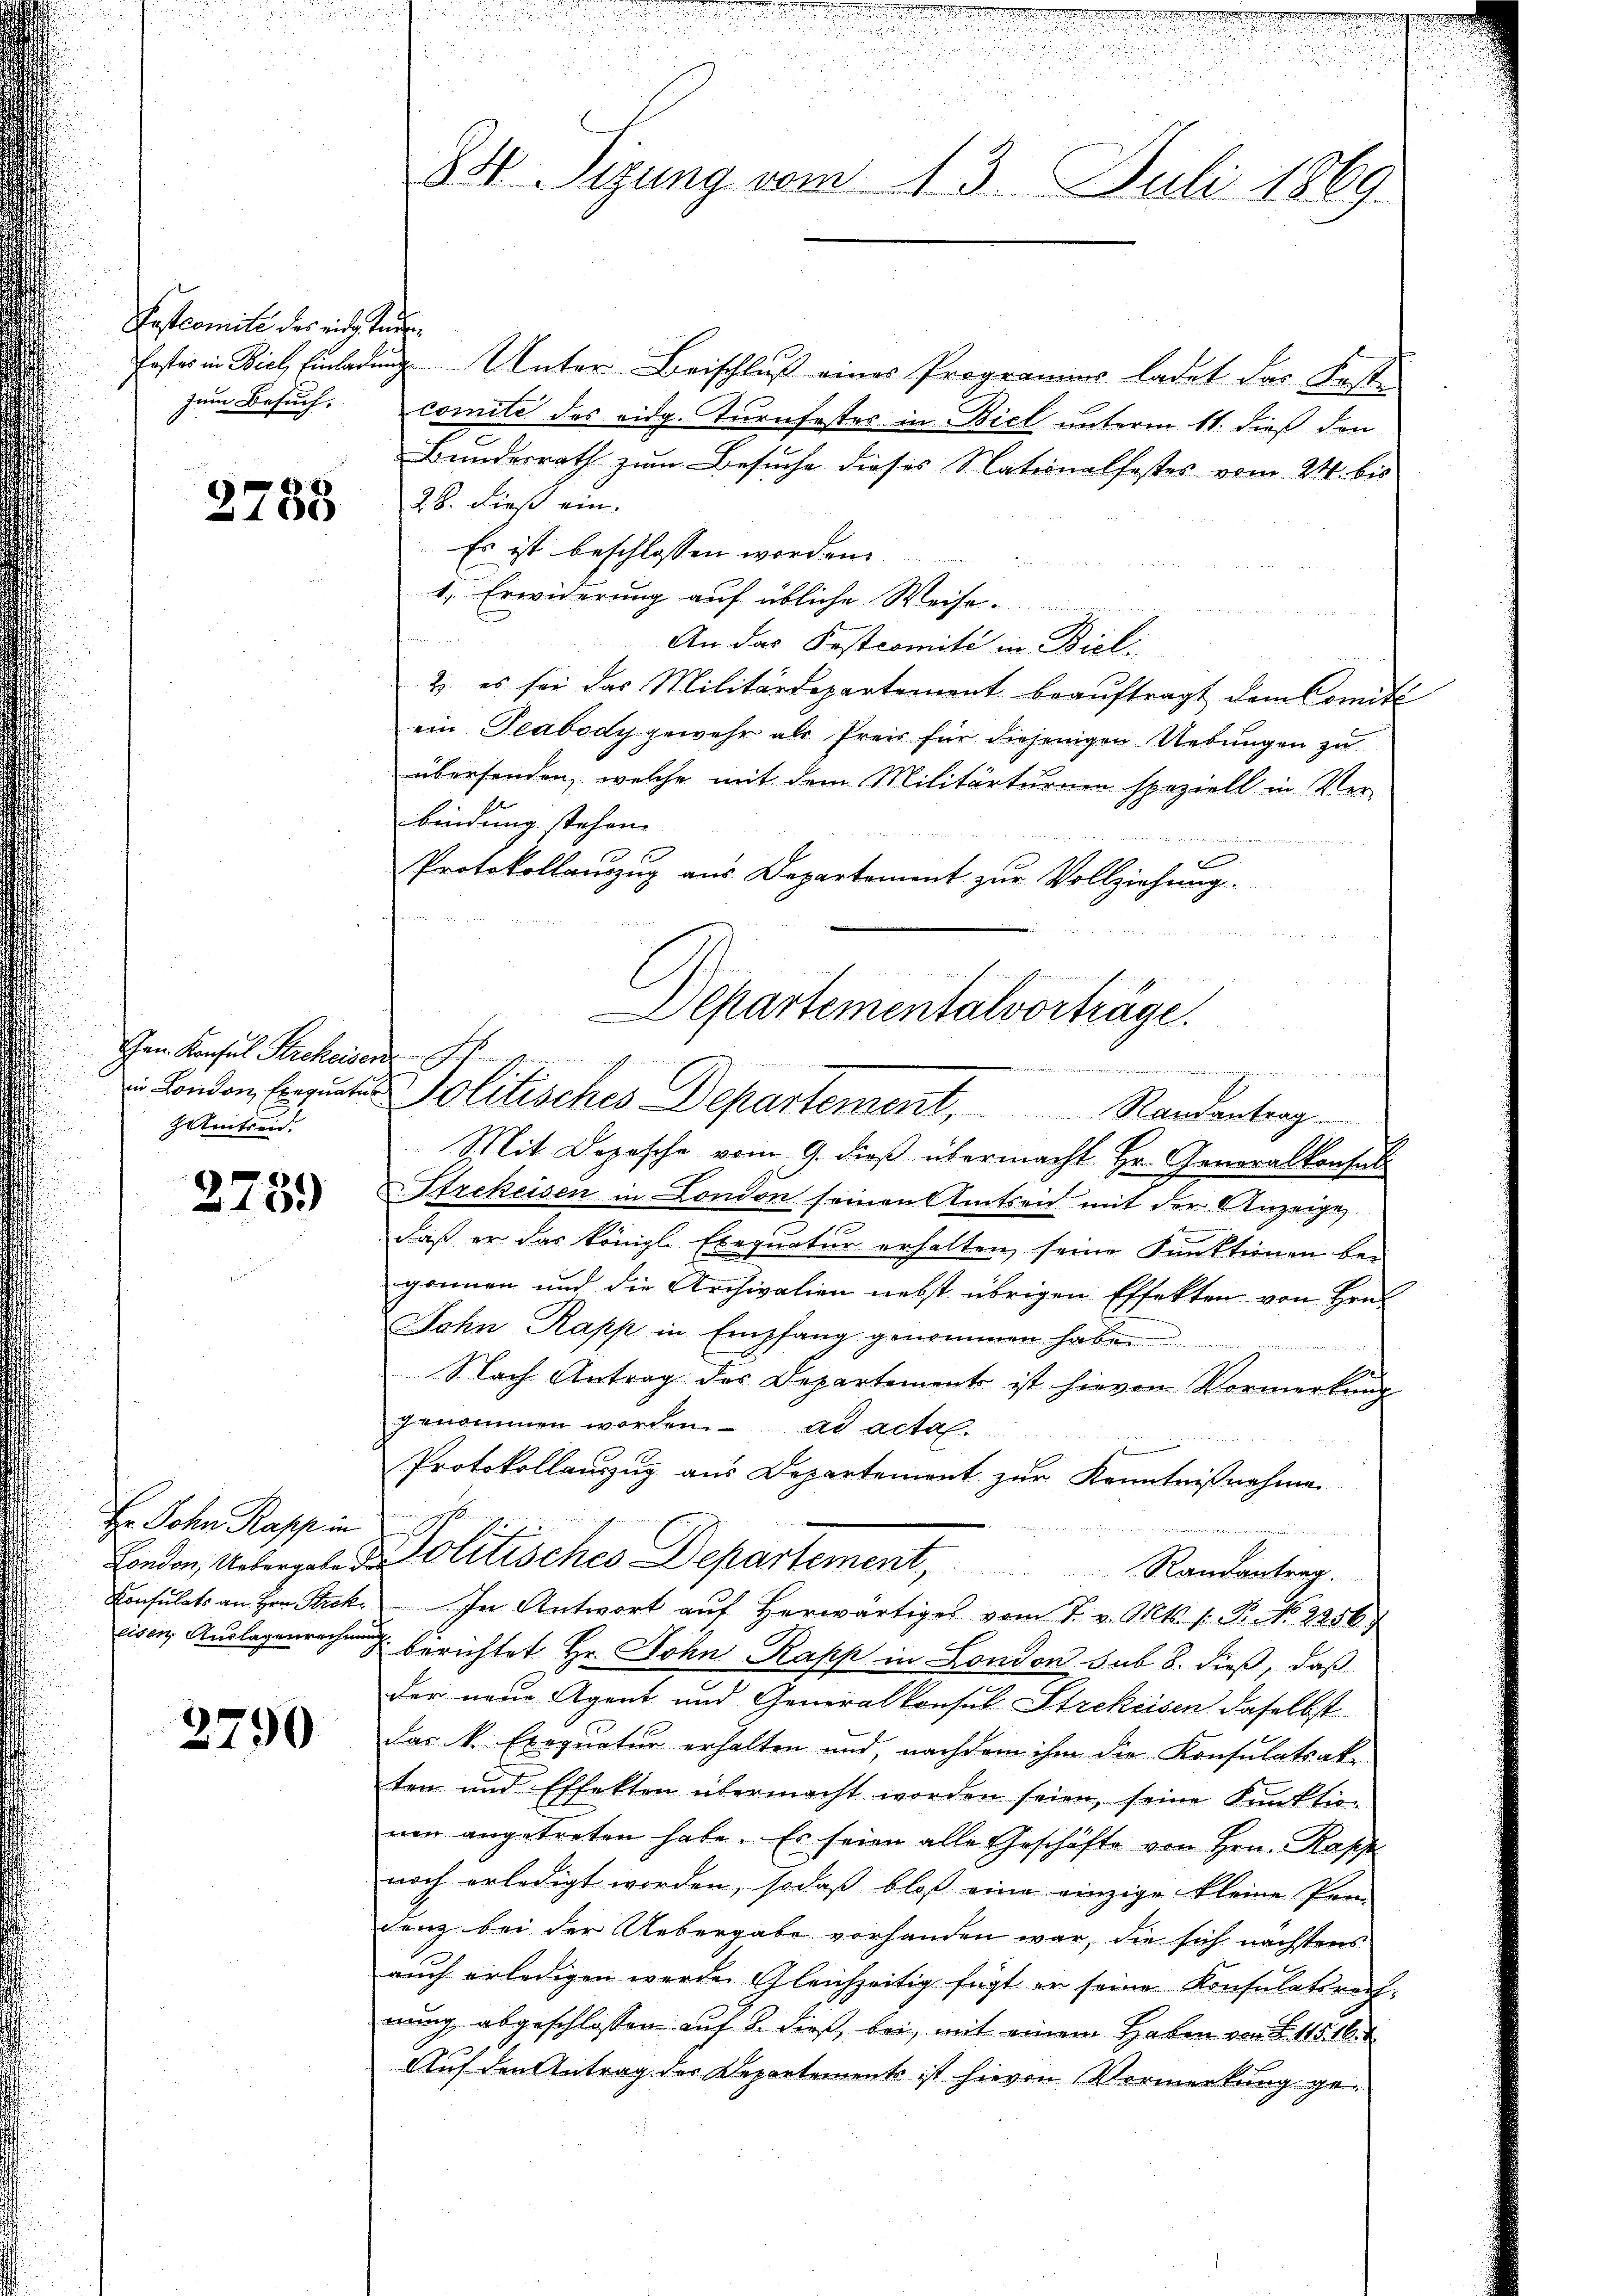
Postcomite der eine tanzum Besuch.

2758

an Konsul Strekeiser
mtreid.

275.

Hr. John Rapp in
eisen. Auslagenrechnung

2790

u

Erster in Biel Einladung Unter Beischluß eines Programms ladet das Fest-
comite des eidg. Turnfestes in Biel unterm 11. dieß den
Bundesrath zum Besuche dieses Nationalfestes vom 24. bis
28. dieß ein.
Es ist beschlossen worden.
1. Erwiderung auf übliche Weise-
An das Postcomité in Biel.
2) es sei das Militärdepartement beauftragt dem Comité
ein Teabody gewehr als Preis für diejenigen Uebungen zu
übersenden, welche mit dem Militärturum speziell in Ver-
bindung stehen.
Protokollauszug aus Departement zur Vollziehung.
 London Ergutes Politisches Departement, Standentrag
Mit Dozesche vom 9. dieß übermacht Hr. Generalkonsul
Strekeisen in London seinen Amtsen mit der Anzeige,
daß er das königl. Exequatur erhalten, seine Funktionen begönnen und die Archivalien nebst übrigen Effekten von Hrn.
Jahn Kapp in Empfang genommen habe.
Nach Antrag des Departements ist hievon Vormerkung
genommen worden. ad acta.
Protokollauszug aus Departement zur Kenntnißnahme
London, Untergabe d. Politisches Departement,
Randantrag
Konsulats an Hrn. Stick. In Antwort aŭf herwärtiges vom 7. v. Mts. s. B. No. 2256
2 berichtet Hr. John Rapp in London sub. 8. dieß, daß
der neue Agent und Generalkonsul Strekeisen daselbst
Das k. Exequatur erhalten und, nachdem ihm die Konsulatsak-
ten und Effekten übermacht worden seien, seine Funktion
nen angetreten habe. Es seien alle Geschäfte von Hrn. Rapp
noch erledigt worden, sodaß bloß eine einzige kleine Pro-
denz bei der Uebergabe vorhanden war, die sich nächstens
auch erledigen werde. Gleichzeitig fügt er seine Konsulatsrech
nung abgeschlossen auf 8. dieß, bei mit einem Haben von S. 115. 16. 1
Auf den Antrag des Departements ist hievon Vormerkung ge¬

e

u
3
84. Sizung vom 13. Juli 1869

u

Departementalvorträge.
rinnerungenden